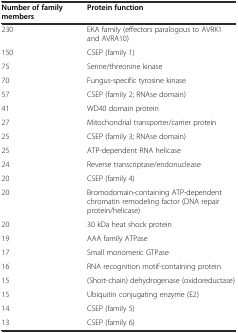
<table><thead><tr><td><b>Number of family members</b></td><td><b>Protein function</b></td></tr></thead><tbody><tr><td>230</td><td>EKA family (effectors paralogous to AVRK1 and AVRA10)</td></tr><tr><td>150</td><td>CSEP (family 1)</td></tr><tr><td>75</td><td>Serine/threonine kinase</td></tr><tr><td>70</td><td>Fungus-specific tyrosine kinase</td></tr><tr><td>57</td><td>CSEP (family 2; RNAse domain)</td></tr><tr><td>41</td><td>WD40 domain protein</td></tr><tr><td>27</td><td>Mitochondrial transporter/carrier protein</td></tr><tr><td>25</td><td>CSEP (family 3; RNAse domain)</td></tr><tr><td>25</td><td>ATP-dependent RNA helicase</td></tr><tr><td>24</td><td>Reverse transcriptase/endonuclease</td></tr><tr><td>20</td><td>CSEP (family 4)</td></tr><tr><td>20</td><td>Bromodomain-containing ATP-dependent chromatin remodeling factor (DNA repair protein/helicase)</td></tr><tr><td>20</td><td>30 kDa heat shock protein</td></tr><tr><td>19</td><td>AAA family ATPase</td></tr><tr><td>17</td><td>Small monomeric GTPase</td></tr><tr><td>16</td><td>RNA recognition motif-containing protein</td></tr><tr><td>15</td><td>(Short-chain) dehydrogenase (oxidoreductase)</td></tr><tr><td>15</td><td>Ubiquitin conjugating enzyme (E2)</td></tr><tr><td>14</td><td>CSEP (family 5)</td></tr><tr><td>13</td><td>CSEP (family 6)</td></tr></tbody></table>